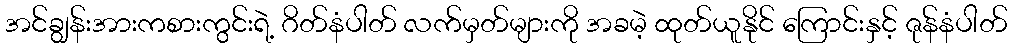
အင်ချွန်းအားကစားကွင်းရဲ့ ဂိတ်နံပါတ် လက်မှတ်များကို အခမဲ့ ထုတ်ယူနိုင် ကြောင်းနှင့် ဇုန်နံပါတ်